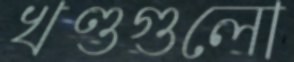
খণ্ডগুলো